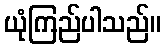
ယုံကြည်ပါသည်။